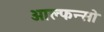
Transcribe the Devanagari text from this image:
आल्फन्सो